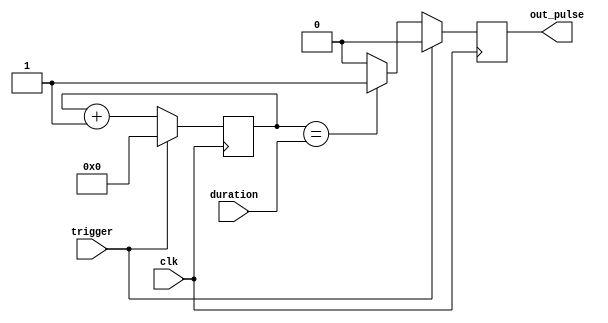
module one_shot_timer (
    input wire trigger,
    input wire clk,
    input wire [7:0] duration,
    output reg out_pulse
);

reg [7:0] count;

always @(posedge clk) begin
    if (trigger) begin
        count <= 0;
        out_pulse <= 0;
    end else begin
        count <= count + 1;
        if (count == duration) begin
            out_pulse <= 1;
        end else begin
            out_pulse <= 0;
        end
    end
end

endmodule